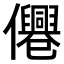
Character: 𠑣